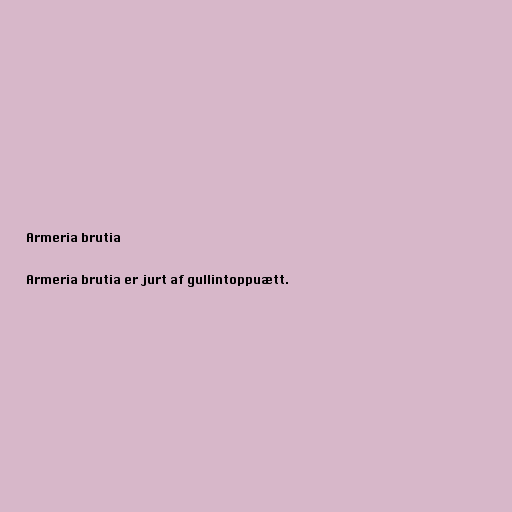
Armeria brutia

Armeria brutia er jurt af gullintoppuætt.